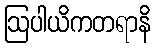
ဩပါယိကတရာနိ